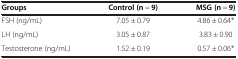
| Groups | Control (n = 9) | MSG (n = 9) |
 | --- | --- | --- |
 | FSH (ng/mL) | 7.05 ± 0.79 | 4.86 ± 0.64* |
 | LH (ng/mL) | 3.05 ± 0.87 | 3.83 ± 0.90 |
 | Testosterone (ng/mL) | 1.52 ± 0.19 | 0.57 ± 0.06* |